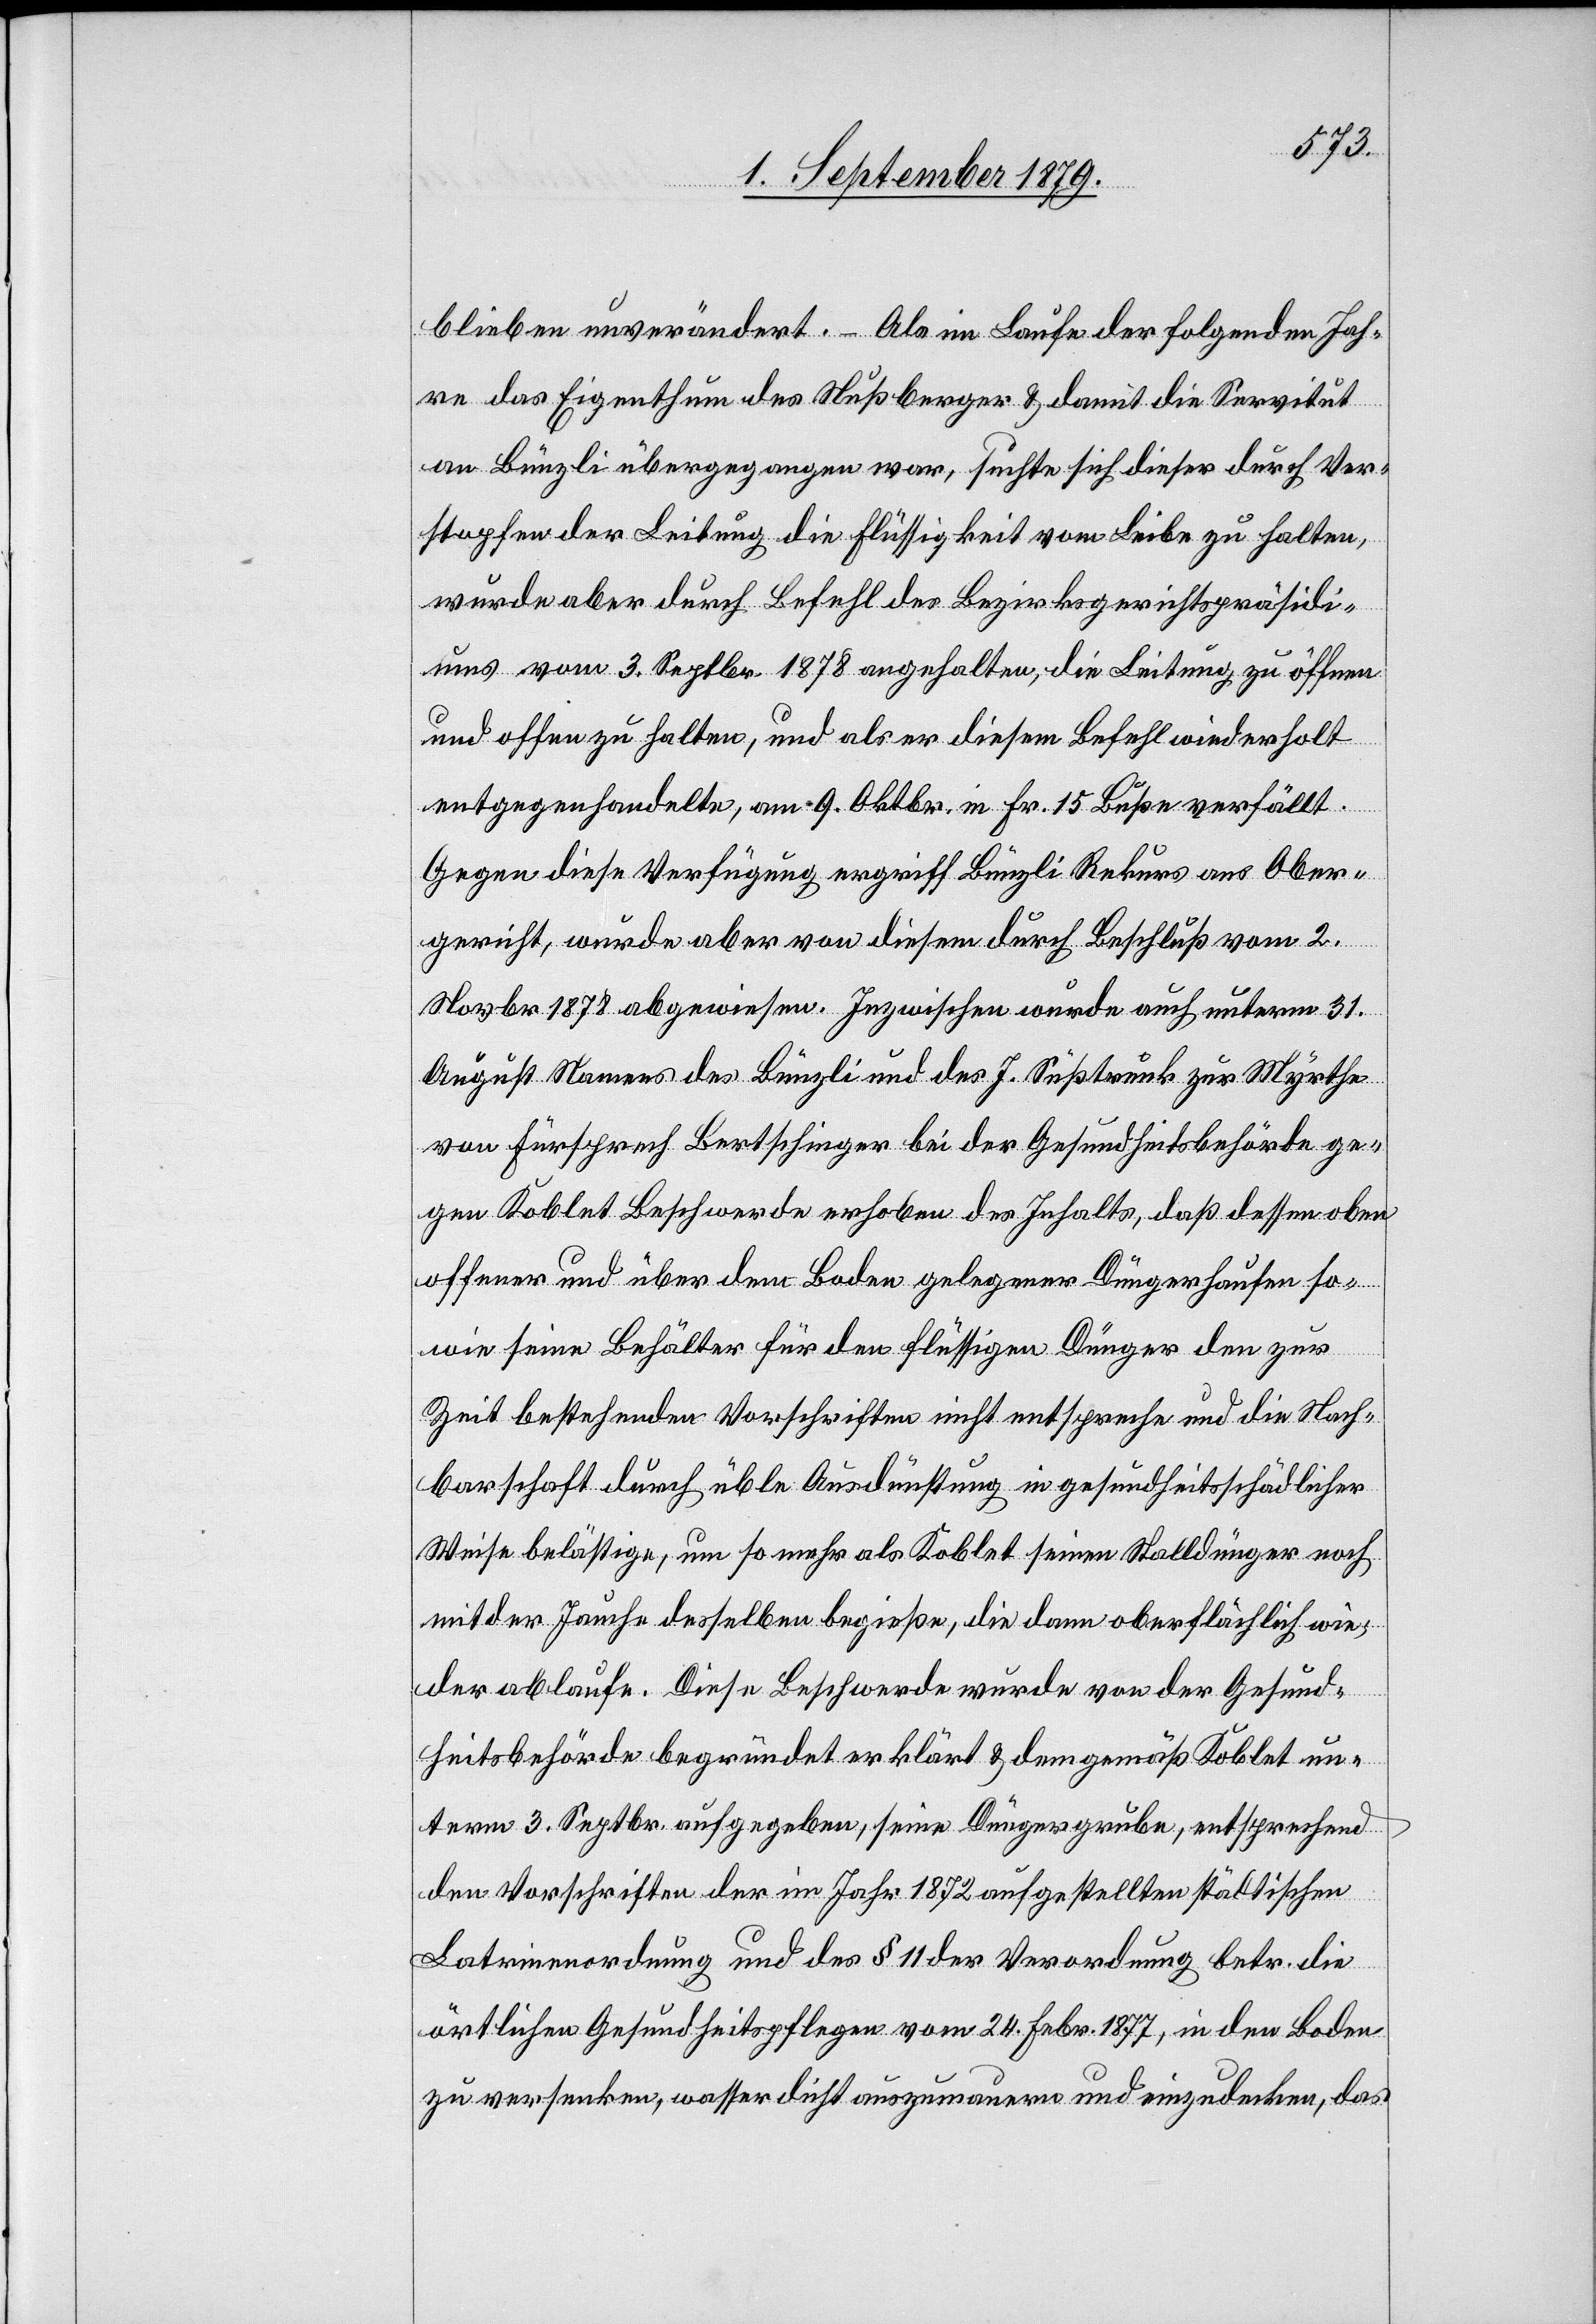
blieben unverändert. – Als im Laufe der folgenden Jah¬
re das Eigenthum des Nußberger & damit die Servitut
an Bünzli übergegangen war, suchte sich dieser durch Ver¬
stopfen der Leitung die Flüssigkeit vom Leibe zu halten,
wurde aber durch Befehl des Bezirksgerichtspräsidi¬
ums vom 3. Septbr. 1878 angehalten, die Leitung zu öffnen
und offen zu halten, und als er diesem Befehl wiederholt
entgegenhandelte, am 9. Oktbr. in Fr. 15 Buß verfällt.
Gegen diese Verfügung ergriff Bünzli Rekurs ans Ober¬
gericht, wurde aber von diesem durch Beschluß vom 2.
Novbr. 1878 abgewiesen. Inzwischen wurde auch unterm 31.
August Namens des Bünzli und des J. Süßtrunk zur Myrthe
von Fürsprech Bertschinger bei der Gesundheitsbehörde ge¬
gen Koblet Beschwerde erhoben des Inhalts, daß dessen oben
offener und über dem Boden gelegener Düngerhaufen so¬
wie seine Behälter für den flüssigen Dünger den zur
Zeit bestehenden Vorschriften nicht entspreche und die Nach¬
barschaft durch üble Ausdünstung in gesundheitsschädlicher
Weise belästige, um so mehr als Koblet seinen Stalldünger noch
mit der Jauche desselben begieße, die dann oberflächlich wie¬
der ablaufe. Diese Beschwerde wurde von der Gesund¬
heitsbehörde begründet erklärt & dem gemäß Koblet un¬
term 3. Septbr. aufgegeben, seine Düngergrube, entsprechend
den Vorschriften der im Jahr 1872 aufgestellten städtischen
Latrinenordnung und des § 11 der Verordnung betr. die
örtlichen Gesundheitspflegen vom 24. Febr. 1877, in den Boden
zu versenken, wasserdicht auszumauern und einzudecken, das